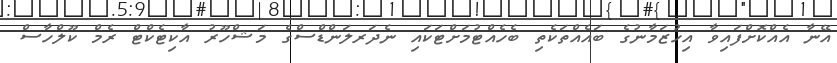
އޭނާ އެއްކޮށްފައިވާ އިހުޒަމާނުގެ ބައެއްތަކެތި ބެހެއްޓުމަށްޓަކައި ނެދަރލަންޑްސްގެ މަޝްހޫރު އާކިޓެކްޓް ރެމް ކޫލްހާސް